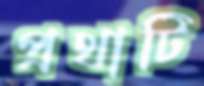
প্রথাটি